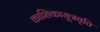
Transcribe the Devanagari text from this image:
काशिकासूत्रवृत्ति